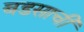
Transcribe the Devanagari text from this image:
बडसाची